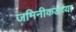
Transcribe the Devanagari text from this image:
जमिनीकडच्या